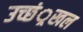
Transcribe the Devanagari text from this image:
उच्छं्रखल